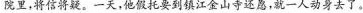
院里，将信将疑。一天，他假托要到镇江金山寺还愿，就一人动身去了。